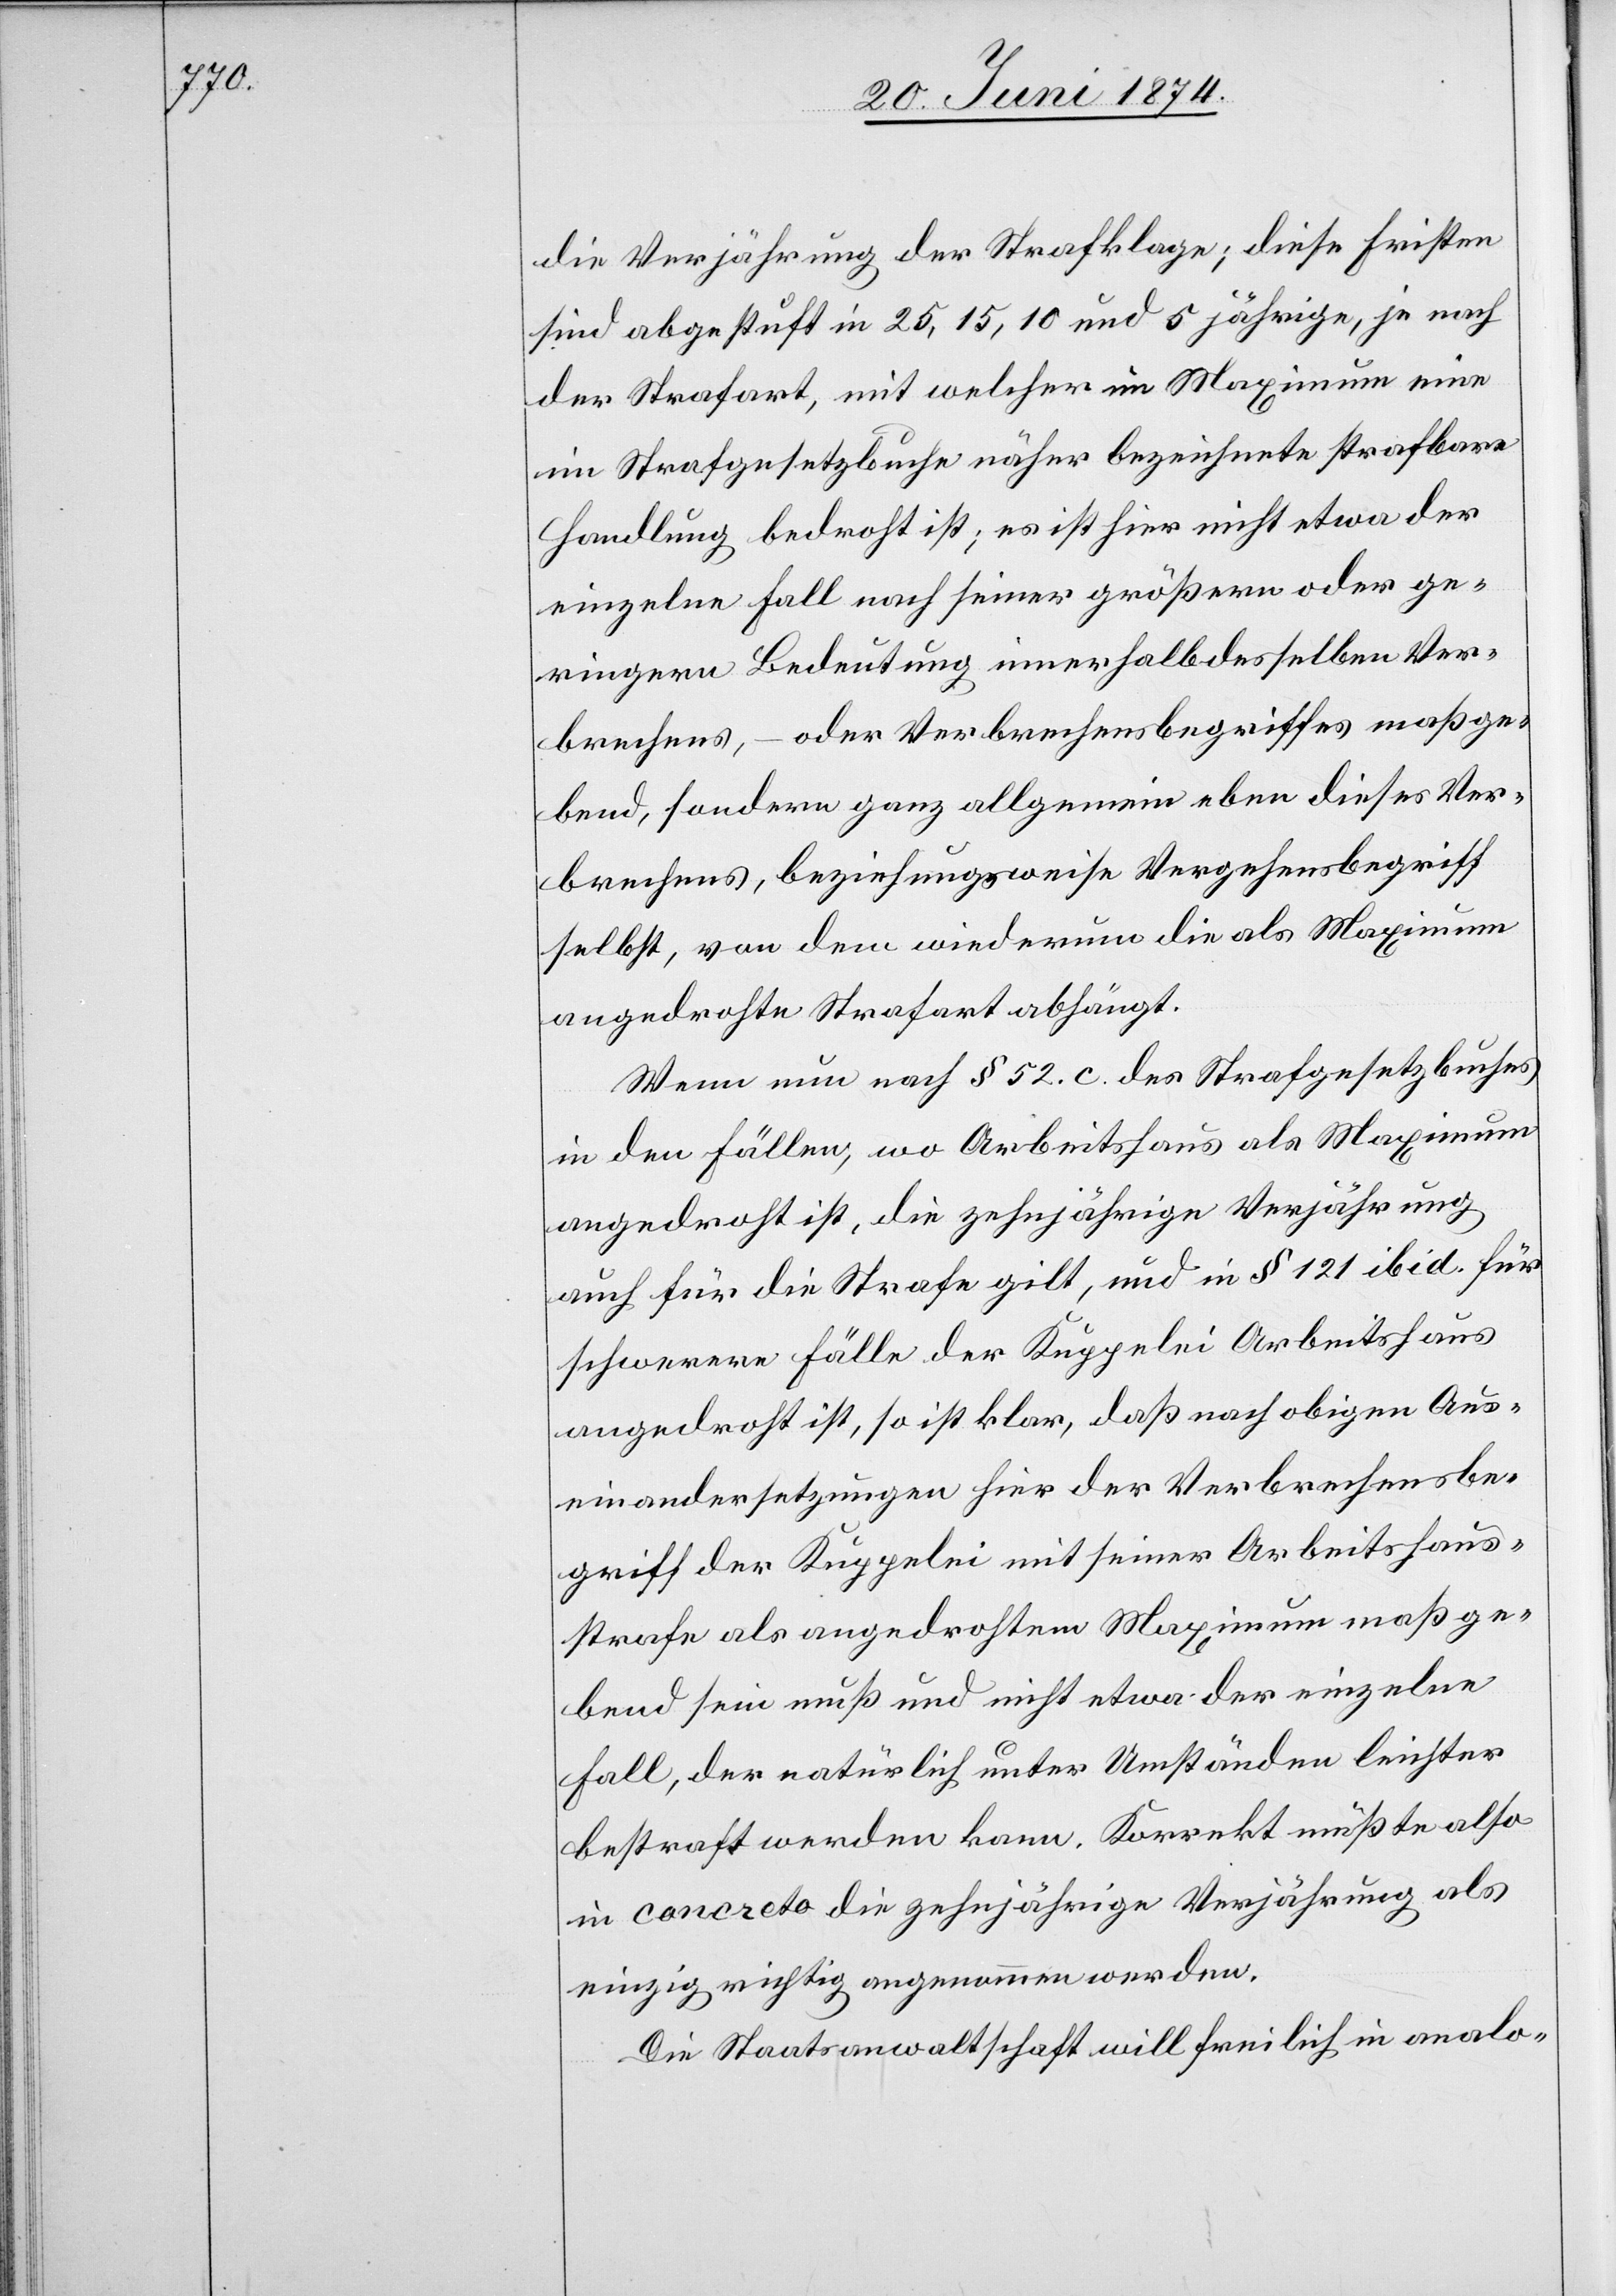
die Verjährung der Strafklage; diese Fristen
sind abgestuft in 25, 15, 10 und 5 jährige, je nach
der Strafart, mit welcher im Maximum eine
im Strafgesetzbuche näher bezeichnete strafbare
Handlung bedroht ist; es ist hier nicht etwa der
einzelne Fall nach seiner größern oder ge¬
ringern Bedeutung innerhalb desselben Ver¬
brechens, – oder Verbrechensbegriffes maßge¬
bend, sondern ganz allgemein eben dieses Ver¬
brechens, beziehungsweise Vergehenbegriff
selbst [sic!], von dem wiederum die als Maximum
angedrohte Strafart abhängt.
Wenn nun nach § 52. c. des Strafgesetzbuches
in den Fällen, wo Arbeitshaus als Maximum
angedroht ist, die zehnjährige Verjährung
auch für die Strafe gilt, und in § 121 ibid. für
schwerere Fälle der Kuppelei Arbeitshaus
angedroht ist, so ist klar, daß nach obigen Aus¬
einandersetzungen hier der Verbrechensbe¬
griff der Kuppelei mit seiner Arbeitshaus¬
strafe als angedrohtem Maximum maßge¬
bend sein muß und nicht etwa der einzelne
Fall, der natürlich unter Umständen leichter
bestraft werden kann. Korrekt müßte also
in concreto die zehnjährige Verjährung als
einzig richtig angenommen werden.
Die Staatsanwaltschaft will freilich in analo-